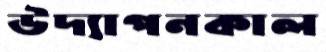
উদ্যাপনকাল